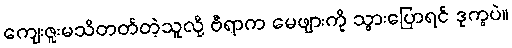
ကျေးဇူးမသိတတ်တဲ့သူလို့ ဗီရာက မေဖျားကို သွားပြောရင် ဒုက္ခပဲ။